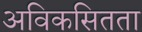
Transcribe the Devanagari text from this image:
अविकसितता